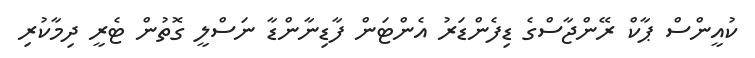
ކުއީންސް ޕާކް ރޭންޖާސްގެ ޑިފެންޑަރު އެންޓަން ފާޑިނާންޑާ ނަސްލީ ގޮތުން ޓެރީ ދިމާކުރި